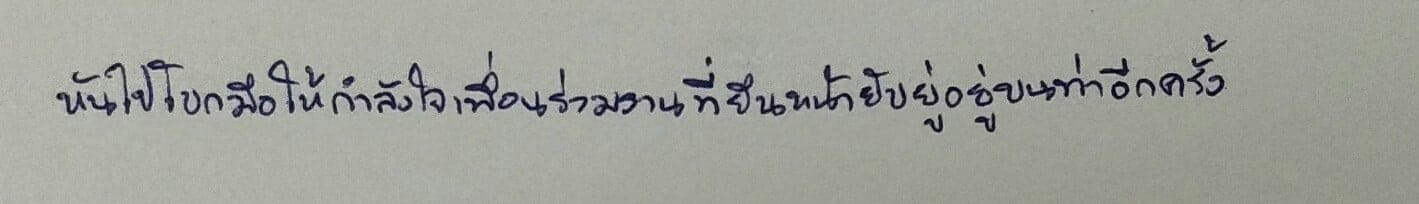
หันไปโบกมือให้กำลังใจเพื่อนร่วมงานที่ยืนหน้ายับยู่อยู่บนท่าอีกครั้ง